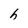
Character: h